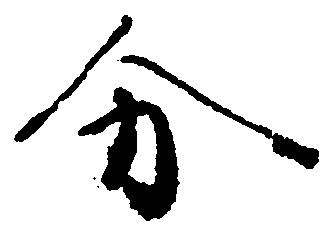
分